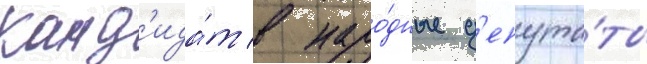
Канд'ида́т в наро́дные д'епута́ты